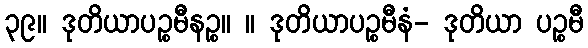
၃၉။ ဒုတိယာပဉ္စမီနဉ္စ။ ။ ဒုတိယာပဉ္စမီနံ- ဒုတိယာ ပဉ္စမီ